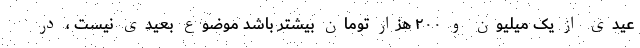
عیدی از یک میلیون و ۲۰۰ هزار تومان بیشتر باشد موضوع بعیدی نیست ، در